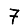
Digit: 7